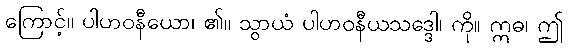
ကြောင့်။ ပါဟဝနီယော၊ ၏။ သွာယံ ပါဟဝနီယသဒ္ဒေါ၊ ကို။ ဣဓ၊ ဤ